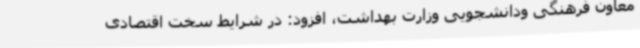
معاون فرهنگی ودانشجویی وزارت بهداشت، افزود: در شرایط سخت اقتصادی